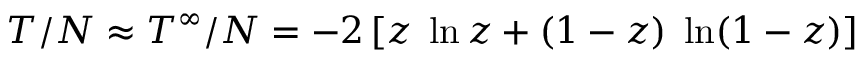
T / N \approx T ^ { \infty } / N = - 2 \left[ z \; \ln z + ( 1 - z ) \; \ln ( 1 - z ) \right]